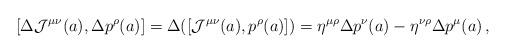
LaTeX: \begin{align*} [\Delta {\cal J}^{\mu \nu}(a) , \Delta p^{\rho}(a)] = \Delta ([{\cal J}^{\mu \nu} (a), p^{\rho}(a)]) = \eta^{\mu \rho} \Delta p^\nu (a)- \eta^{\nu \rho} \Delta p^\mu (a) \,,\end{align*}